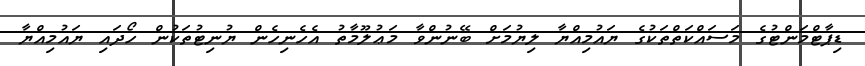
ޑިޕާޓްމަންޓުގެ މަސައްކަތްތަކުގެ ޔައުމިއްޔާ ލިޔުމަށް ބޭނުންވާ މަޢުލޫމާތު އެހެނިހެން ޔުނިޓުތަކުން ހޯދައި ޔައުމިއްޔާ